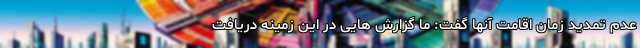
عدم تمدید زمان اقامت آنها گفت: ما گزارش هایی در این زمینه دریافت